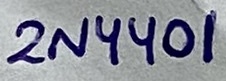
Text: 2N4401